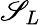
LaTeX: \mathscr{S}_{L}